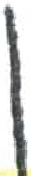
אות: ן